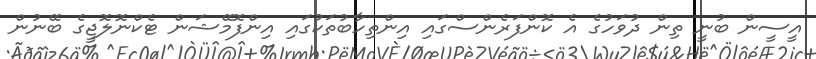
އީސީން ބުނީ ތިން ދުވަހުގެ އެ ކޮންފަރެންސްގައި އިންތިހާބުތަކުގައި އިންފޮމޭޝަން ޓެކްނޮލޮޖީގެ ބޭނުން